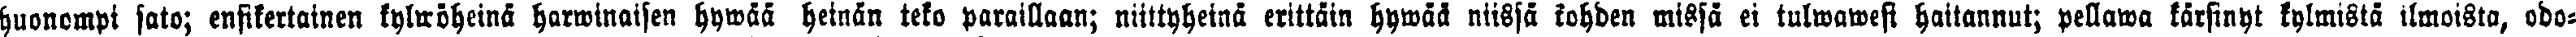
huonompi sato; ensikertainen kylwöheinä harwinaisen hywää heinän teko paraillaan; niittyheinä erittäin hywää niissä kohden missä ei tulwawesi haitannut; pellawa kärsinyt kylmistä ilmoista, odo-